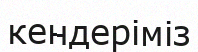
кендеріміз